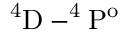
\mathrm { ^ 4 D - ^ { 4 } P ^ { o } }